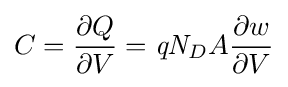
C={\frac {\partial Q}{\partial V}}={\mathit {q}}{\mathit {N}}_{D}A{\frac {\partial w}{\partial V}}